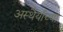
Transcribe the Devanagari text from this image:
अस्थैर्याच्या